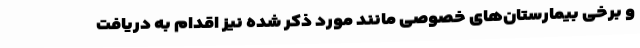
و برخی بیمارستان‌های خصوصی مانند مورد ذکر شده نیز اقدام به دریافت